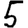
Digit: 5